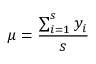
\mu = \frac { \sum _ { i = 1 } ^ { s } { y _ { i } } } { s }